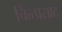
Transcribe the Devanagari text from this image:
चित्त्प्रसाद